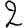
Digit: 2